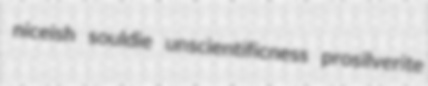
niceish souldie unscientificness prosilverite